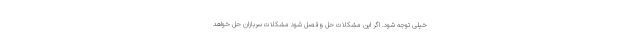
خیلی توجه شود. اگر این مشکلات حل وفصل شود مشکلات سربازان حل خواهد